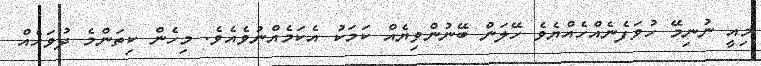
މިއީ ނުނިމޭ ހުވަފެނެއްހެއްޔެވެ ހޭލަން ބޭނުންވިޔެއް ކަމަކު އެކަމެއްނުވެއެވެ. މިހެން ކިތަންމެ ދުވަހެއް